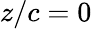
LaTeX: z/c=0